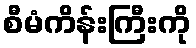
စီမံကိန်းကြီးကို